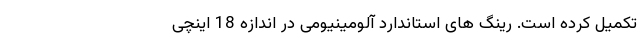
تکمیل کرده است. رینگ های استاندارد آلومینیومی در اندازه 18 اینچی